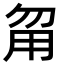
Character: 甮